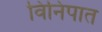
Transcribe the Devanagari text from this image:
विनिपात